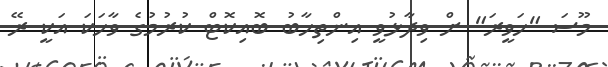
މޫސަ "ހަވީރަ" ށް ވިދާޅުވީ އިންތިހާބު ބޮއިކޮޓް ކުރުމުގެ ވާހަކަ އަކީ ރޭ